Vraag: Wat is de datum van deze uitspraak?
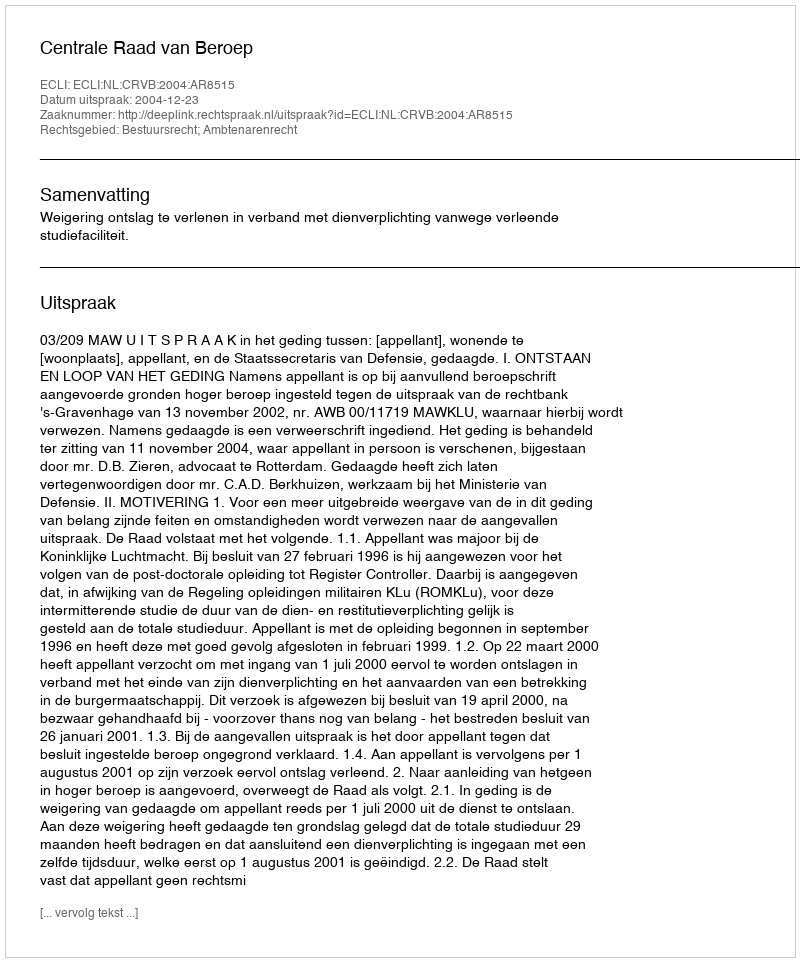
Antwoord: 2004-12-23